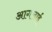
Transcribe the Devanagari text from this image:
आगलाई